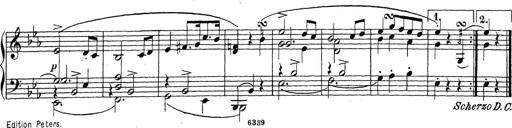
Title: Sonatina Album
Composer: Louis KÃ¶hler